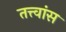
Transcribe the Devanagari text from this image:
तत्त्वांस